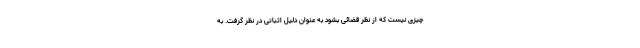
چیزی نیست که از نظر قضائی بشود به عنوان دلیل اثباتی در نظر گرفت. به